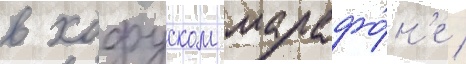
в хофуском марафо́н'е /